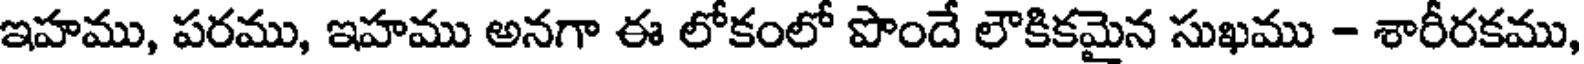
ఇహము, పరము, ఇహము అనగా ఈ లోకంలో పొందే లౌకికమైన సుఖము - శారీరకము,